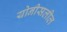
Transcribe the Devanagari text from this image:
योनीसलील